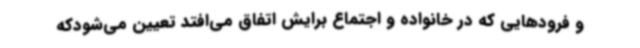
و فرودهایی که در خانواده و اجتماع برایش اتفاق می‌افتد تعیین می‌شودکه